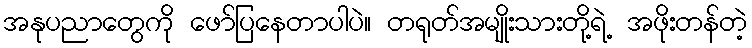
အနုပညာတွေကို ဖော်ပြနေတာပါပဲ။ တရုတ်အမျိုးသားတို့ရဲ့ အဖိုးတန်တဲ့